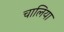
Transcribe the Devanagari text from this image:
चालिया